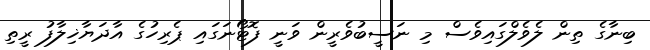
ބިނާގެ ތިން ލެވެލްގައިވެސް މި ނަސީބުވެރީން ވަނީ ފޮޓޯނަގައި ޕެރިހުގެ އާދަޔާޚިލާފު ރީތި